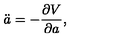
\ddot { a } = - \frac { \partial V } { \partial a } ,